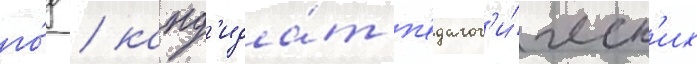
го́д / канд'ида́т п'едагог'и́ческ'их